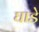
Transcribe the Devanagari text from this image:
घाडे